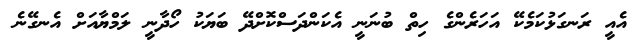
އެއީ ރަނގަޅުކަމެކޭ އަހަރެންގެ ހިތް ބުނަނީ އެކަންދަސްކޮށްދޭ ބަޔަކު ހޯދާނީ ލަމްޔާއަށް އެނގޭނެ